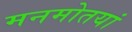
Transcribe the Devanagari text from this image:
मनमोतयां